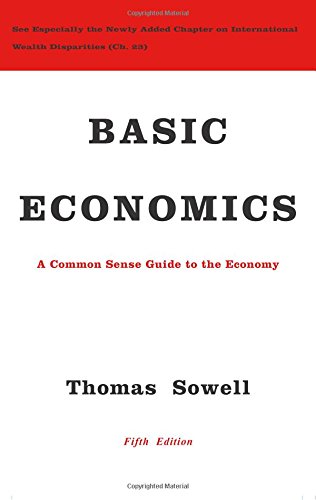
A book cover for Basic Economics; Thomas Sowell; Business & Money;